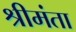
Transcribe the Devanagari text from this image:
श्रीमंता